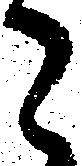
々